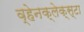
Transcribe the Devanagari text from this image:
व्हेनक्लेक्स्टा